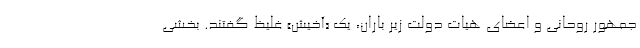
جمهور روحانی و اعضای هیات دولت زیر باران، یک «آخیش» غلیظ گفتند. بخشی